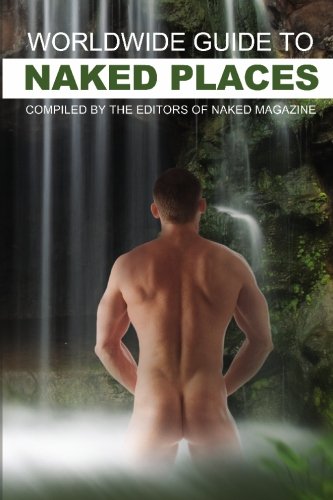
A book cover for Worldwide Guide to Naked Places; Robert Steele; Gay & Lesbian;